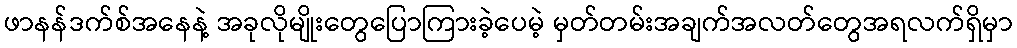
ဖာနန်ဒက်စ်အနေနဲ့ အခုလိုမျိုးတွေပြောကြားခဲ့ပေမဲ့ မှတ်တမ်းအချက်အလတ်တွေအရလက်ရှိမှာ